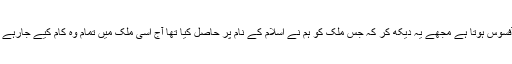
وطن عزیز کے حالات دیکھ رہی ہوں آفسوس ہوتا ہے مجھے یہ دیکھ کر کہ جس ملک کو ہم نے اسلام کے نام پر حاصل کیا تھا آج اسی ملک میں تمام وہ کام کیے جارہے ہیں جو اسلامی تعلیمات کے خلاف ہیں۔